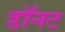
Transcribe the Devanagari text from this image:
डॉनट